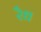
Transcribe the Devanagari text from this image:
रैध